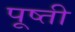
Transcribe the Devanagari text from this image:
पूष्ती